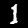
Label: 1